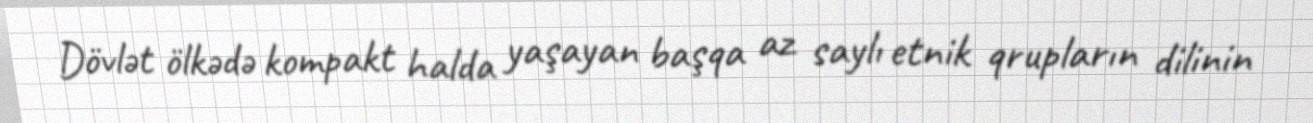
Dövlət ölkədə kompakt halda yaşayan başqa az saylı etnik qrupların dilinin